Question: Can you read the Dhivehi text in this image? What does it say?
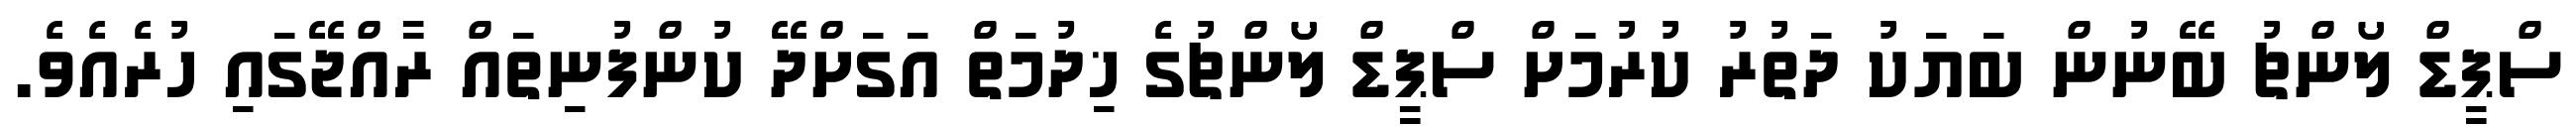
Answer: ސްޕީޑް ލޯންޗު ބޭނުން ބަޔަކު ދަތުރު ކުރުމަށް ސްޕީޑް ލޯންޗުގެ ޚިދުމަތް އަގަށްދޭ ކުންފުނިތައް ރާއްޖޭގައި ހުރެއެވެ.